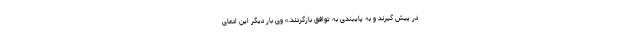
در پیش گیرند و به پایبندی به توافق بازگردند.» وی بار دیگر این ادعای